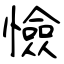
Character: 憸